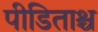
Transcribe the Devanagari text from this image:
पीडिताश्च